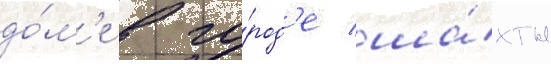
до́м'е в го́род'е ша́хты